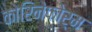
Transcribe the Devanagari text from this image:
कोरिनेफोर्म